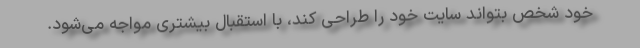
خود شخص بتواند سایت خود را طراحی کند، با استقبال بیشتری مواجه می‌شود.